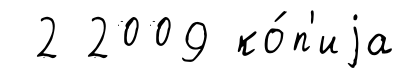
2 2009 ко́п'иjа